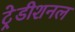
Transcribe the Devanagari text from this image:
ट्रेडीशनल